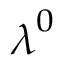
\boldsymbol { \lambda } ^ { 0 }